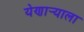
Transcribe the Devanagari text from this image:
येणार्‍याला